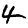
Digit: 4